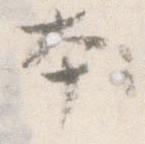
本